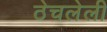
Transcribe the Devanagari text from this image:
ठेचलेली